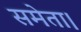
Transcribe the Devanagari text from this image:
समेता।